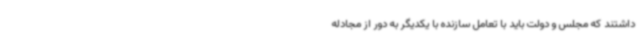
داشتند که مجلس و دولت باید با تعامل سازنده با یکدیگر به دور از مجادله